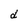
Character: d